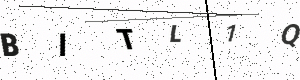
Text: BITL1Q